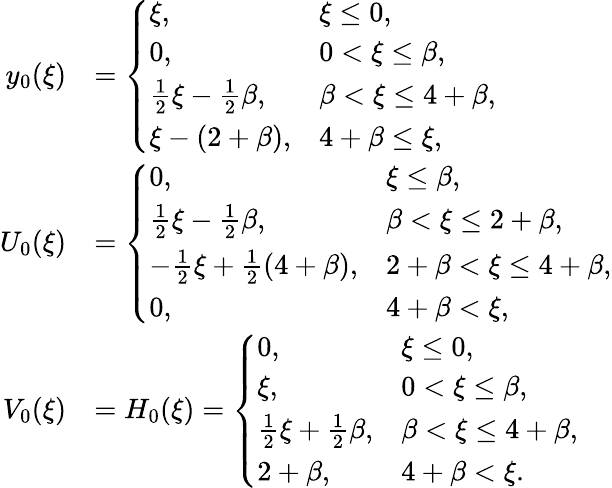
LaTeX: \begin{array}{rl}{y_{0}(\xi)}&{=\left\{ \begin{array}{ll}{\xi,}&{\xi\leq 0,}\\ {0,}&{0<\xi\leq\beta,}\\ {\frac{1}{2}\xi-\frac 12\beta,}&{\beta<\xi\leq 4+\beta,}\\ {\xi-(2+\beta),}&{4+\beta\leq\xi,}\end{array}\right.}\\ {U_{0}(\xi)}&{=\left\{ \begin{array}{ll}{0,}&{\xi\leq\beta,}\\ {\frac{1}{2}\xi-\frac 12\beta,}&{\beta<\xi\leq 2+\beta,}\\ {-\frac 12\xi+\frac 12(4+\beta),}&{2+\beta<\xi\leq 4+\beta,}\\ {0,}&{4+\beta<\xi,}\end{array}\right.}\\ {V_{0}(\xi)}&{=H_{0}(\xi)=\left\{ \begin{array}{ll}{0,}&{\xi\leq 0,}\\ {\xi,}&{0<\xi\leq\beta,}\\ {\frac{1}{2}\xi+\frac 12\beta,}&{\beta<\xi\leq 4+\beta,}\\ {2+\beta,}&{4+\beta<\xi.}\end{array}\right.}\end{array}